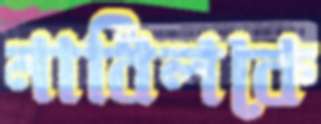
নাবিলকে